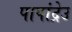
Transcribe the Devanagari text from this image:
पापांद्रेउ